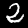
Label: 2